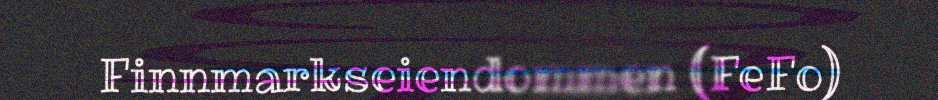
Finnmarkseiendommen (FeFo)